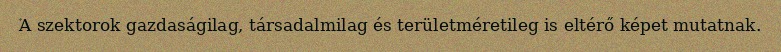
A szektorok gazdaságilag, társadalmilag és területméretileg is eltérő képet mutatnak.